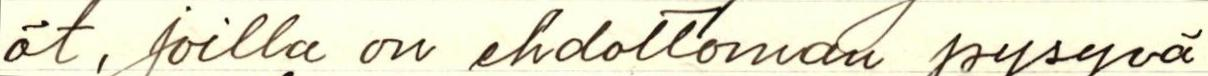
öt, joilla on ehdottoman pysyvä